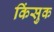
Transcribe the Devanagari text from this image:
किंसुक